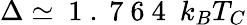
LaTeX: \Delta\simeq\mathrm{~1~.~7~6~4~}~k_{B}T_{C}